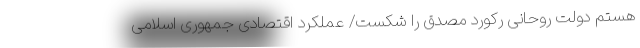
هستم دولت روحانی رکورد مصدق را شکست/ عملکرد اقتصادی جمهوری اسلامی